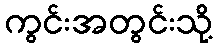
ကွင်းအတွင်းသို့